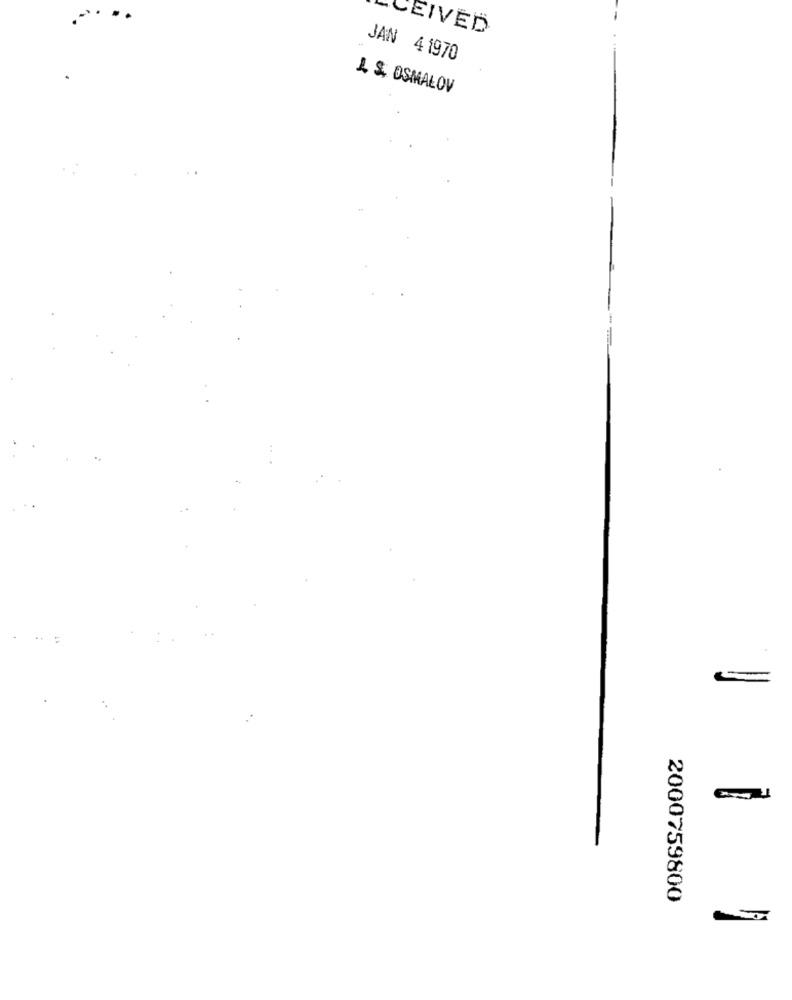
CEIVED
JAN 41970
L & OSMAŁOV
2000759800